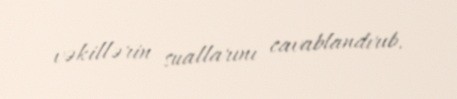
vəkillərin suallarını cavablandırıb.